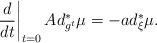
\begin{align*}\left. \frac{d}{dt}\right\vert _{t=0}Ad_{g^{t}}^{\ast }\mu =-ad_{\xi}^{\ast }\mu . \end{align*}